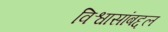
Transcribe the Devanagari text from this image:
विश्वासांबद्दल